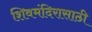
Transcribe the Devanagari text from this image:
शिवमंदिरासाठी